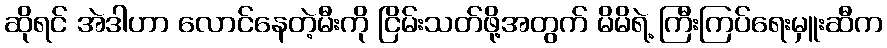
ဆိုရင် အဲဒါဟာ လောင်နေတဲ့မီးကို ငြိမ်းသတ်ဖို့အတွက် မိမိရဲ့ ကြီးကြပ်ရေးမှူးဆီက